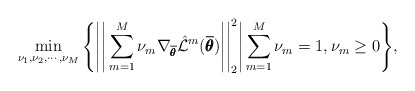
\begin{align*} \min_{\nu_1,\nu_2,\cdots,\nu_M} \Bigg\{ \Bigg|\Bigg|\sum_{m=1}^{M}\nu_m \nabla_{\overline{\pmb{\theta}}} \hat{\mathcal{L}}^m(\overline{\pmb{\theta}})\Bigg|\Bigg|^2_2 \Bigg| \sum_{m=1}^{M}\nu_m = 1, \nu_m \geq 0 \Bigg\},\end{align*}